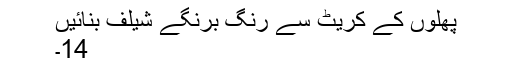
پھلوں کے کریٹ سے رنگ برنگے شیلف بنائیں
14۔